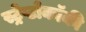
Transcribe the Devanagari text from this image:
स्ट्रेप्टोकॉकी